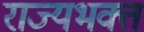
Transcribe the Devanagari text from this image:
राज्यभक्त